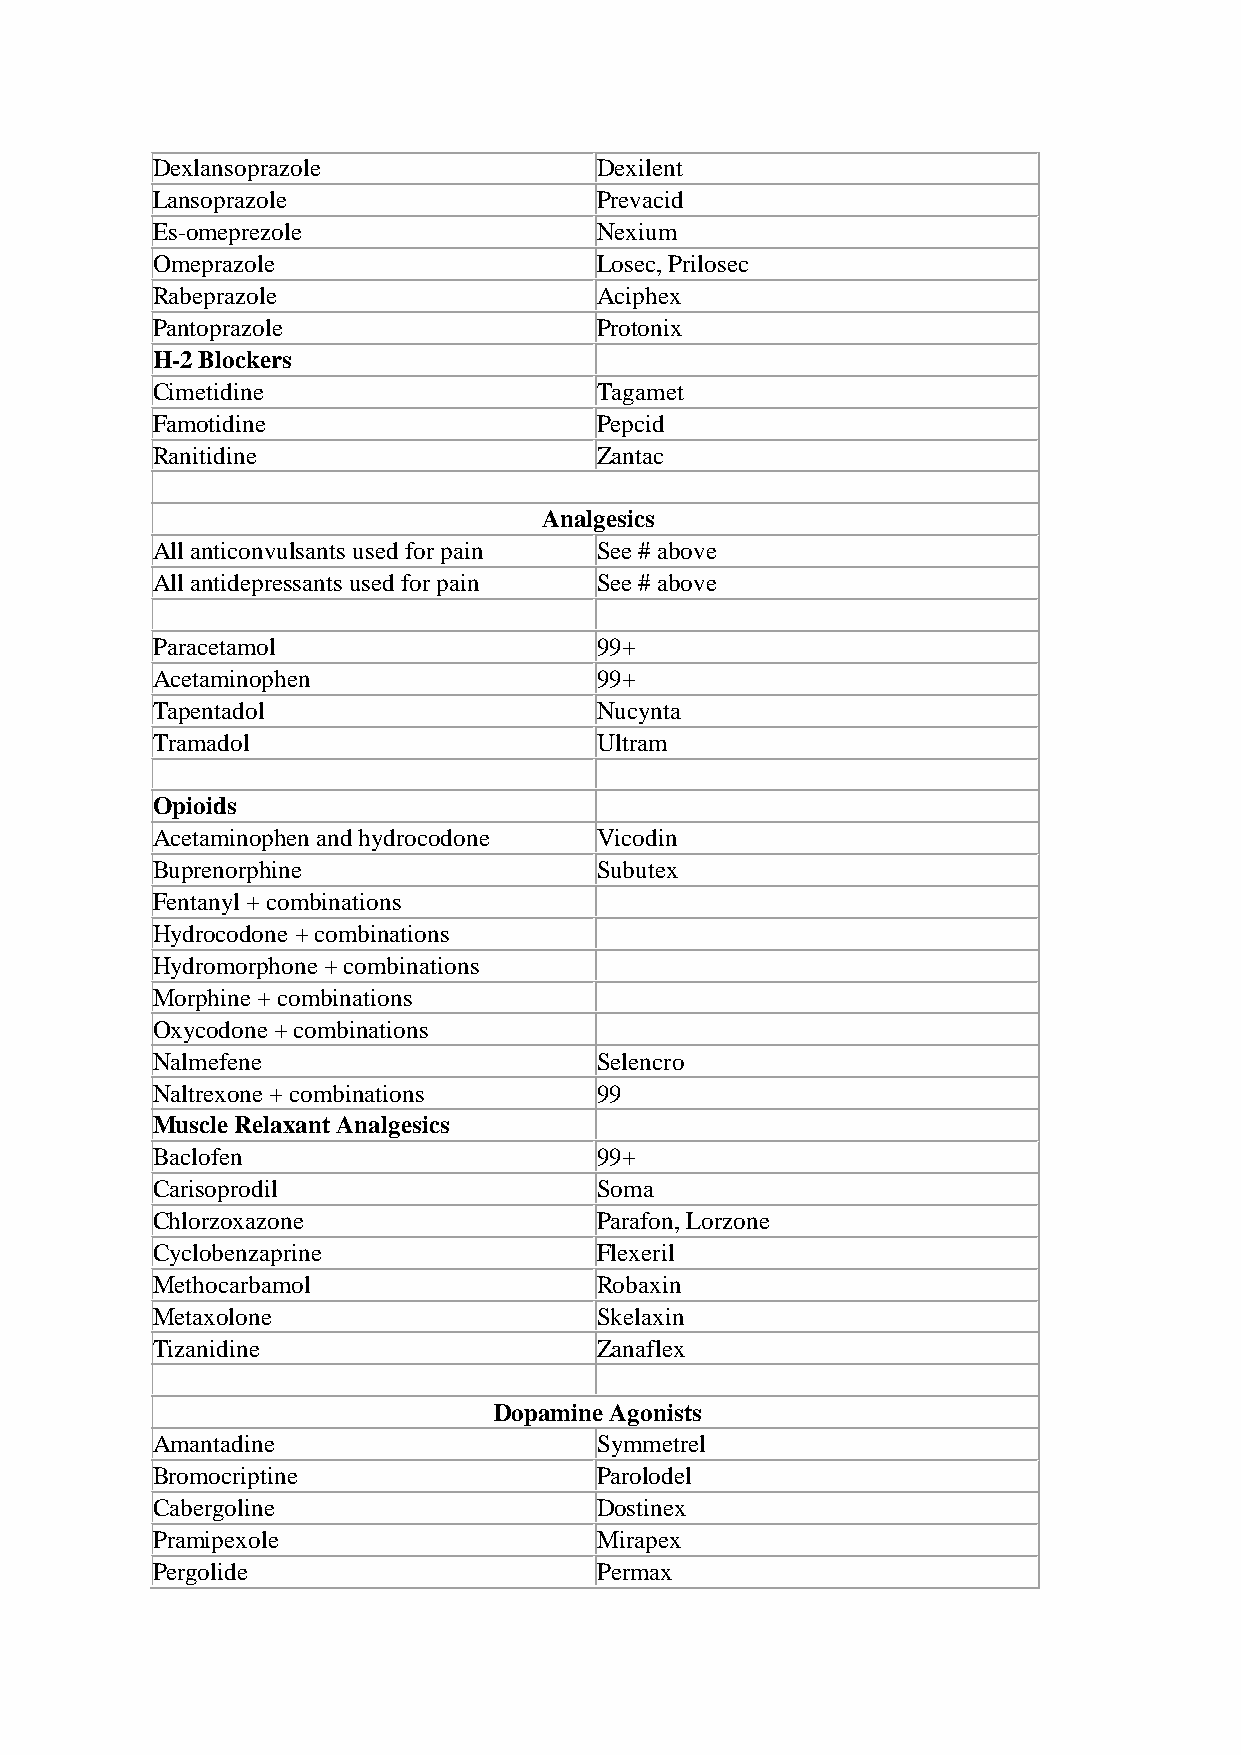
Dexlansoprazole              Dexilent
 Lansoprazole                 Prevacid
 Es-omeprezole                Nexium
 Omeprazole                   Losec, Prilosec
 Rabeprazole                  Aciphex
 Pantoprazole                 Protonix
 H-2 Blockers
 Cimetidine                   Tagamet
 Famotidine                   Pepcid
 Ranitidine                   Zantac
 Analgesics
 All anticonvulsants used for pain See # above
 All antidepressants used for pain See # above
 Paracetamol                  99+
 Acetaminophen                99+
 Tapentadol                   Nucynta
 Tramadol                     Ultram
 Opioids
 Acetaminophen and hydrocodone Vicodin
 Buprenorphine                Subutex
 Fentanyl + combinations
 Hydrocodone + combinations
 Hydromorphone + combinations
 Morphine + combinations
 Oxycodone + combinations
 Nalmefene                    Selencro
 Naltrexone + combinations    99
 Muscle Relaxant Analgesics
 Baclofen                     99+
 Carisoprodil                 Soma
 Chlorzoxazone                Parafon, Lorzone
 Cyclobenzaprine              Flexeril
 Methocarbamol                Robaxin
 Metaxolone                   Skelaxin
 Tizanidine                   Zanaflex
 Dopamine Agonists
 Amantadine                   Symmetrel
 Bromocriptine                Parolodel
 Cabergoline                  Dostinex
 Pramipexole                  Mirapex
 Pergolide                    Permax